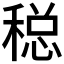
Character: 𱶚